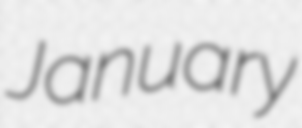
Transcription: January